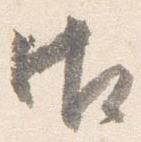
御